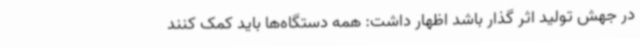
در جهش تولید اثر گذار باشد اظهار داشت: همه دستگاه‌ها باید کمک کنند